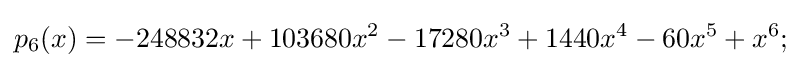
p_{6}(x)=-248832x+103680x^{2}-17280x^{3}+1440x^{4}-60x^{5}+x^{6};